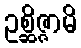
ဥစ္ဆိဇ္ဇာမိ